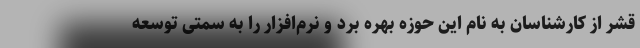
قشر از کارشناسان به نام این حوزه بهره برد و نرم‌افزار را به سمتی توسعه